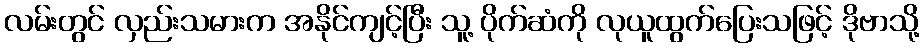
လမ်းတွင် လှည်းသမားက အနိုင်ကျင့်ပြီး သူ့ ပိုက်ဆံကို လုယူထွက်ပြေးသဖြင့် ဒိုဗာသို့